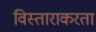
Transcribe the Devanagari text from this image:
विस्ताराकरता